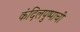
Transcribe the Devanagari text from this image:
कंदिलपुष्पाची